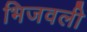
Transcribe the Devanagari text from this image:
भिजवली